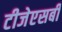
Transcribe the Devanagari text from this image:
टीजेएसबी